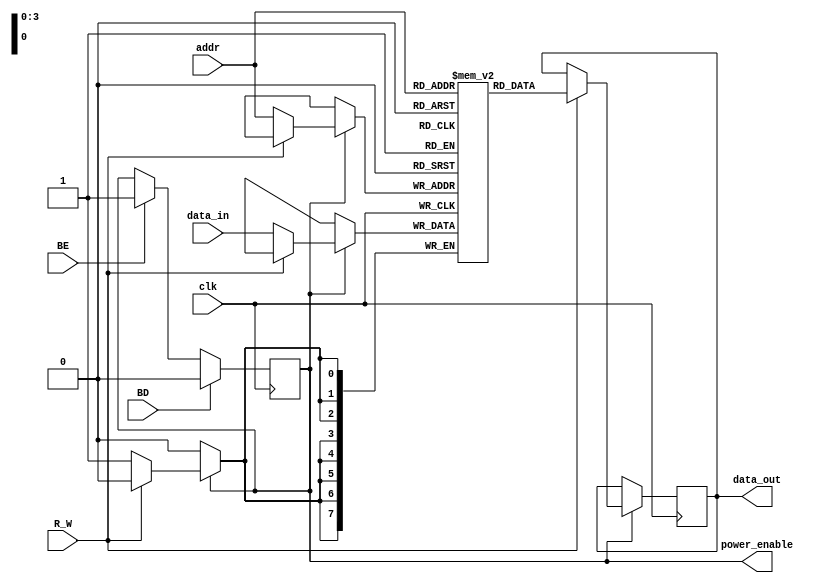
module MemoryBlockControl (
    input wire clk,
    input wire [3:0] addr,           // Address input to select memory block
    input wire [7:0] data_in,        // Data input for write operations
    output reg [7:0] data_out,       // Data output for read operations
    input wire BE,                    // Block Enable
    input wire BD,                    // Block Disable
    input wire R_W,                   // Read/Write control (1 for read, 0 for write)
    output reg power_enable           // Power enable signal for memory block
);

    // Memory block declaration
    reg [7:0] memory_block [0:15];    // 16 memory blocks of 8 bits each

    // Address decoder and gating logic
    always @(posedge clk) begin
        // Gating logic based on control signals
        if (BD) begin
            power_enable <= 1'b0; // Disable power to the block
        end else if (BE) begin
            power_enable <= 1'b1; // Enable power to the block
        end

        // Perform read/write operations if the block is enabled
        if (power_enable) begin
            if (R_W) begin // Read operation
                data_out <= memory_block[addr];
            end else begin // Write operation
                memory_block[addr] <= data_in;
            end
        end
    end

endmodule